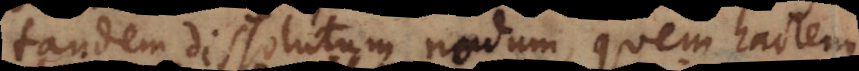
tandem dissolutum nodum, quem hactenus